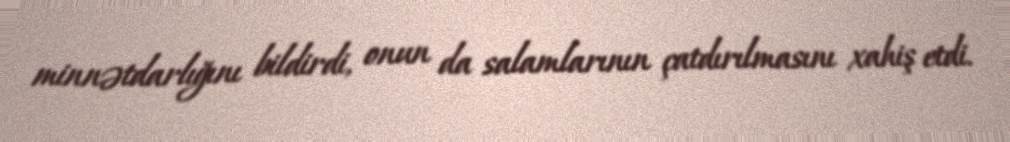
minnətdarlığını bildirdi, onun da salamlarının çatdırılmasını xahiş etdi.